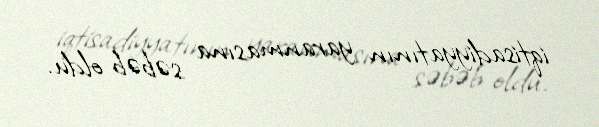
iqtisadiyyatının yaranmasına səbəb oldu.